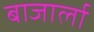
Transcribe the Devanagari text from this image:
बाजार्ला